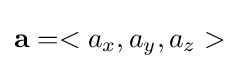
{\textbf {a}}=<a_{x},a_{y},a_{z}>